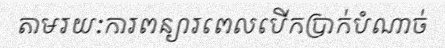
តាមរយៈការពន្យារពេលបើកប្រាក់បំណាច់